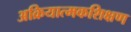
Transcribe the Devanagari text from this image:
अक्रियात्मकशिक्षण